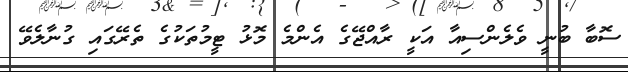
ސޮބާ ބުނީ ވެލެންސިއާ އަކީ ރާއްޖޭގެ އެންމެ މޮޅު ޓީމުތަކުގެ ތެރޭގައި ގުނާލެވޭ